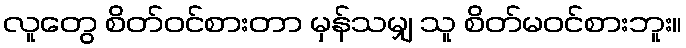
လူတွေ စိတ်ဝင်စားတာ မှန်သမျှ သူ စိတ်မဝင်စားဘူး။